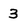
Character: 3